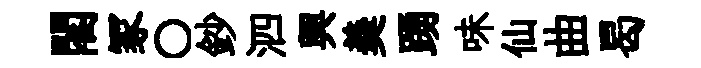
閣冢〇鈔泗興羮踴味仙曲曷